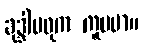
ခုဒ္ဒါမဓုက ကူပမာ။